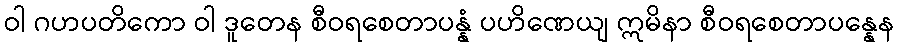
ဝါ ဂဟပတိကော ဝါ ဒူတေန စီဝရစေတာပန္နံ ပဟိဏေယျ ဣမိနာ စီဝရစေတာပန္နေန